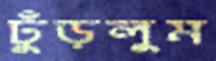
ঢুঁড়লুম